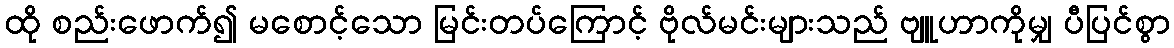
ထို စည်းဖောက်၍ မစောင့်သော မြင်းတပ်ကြောင့် ဗိုလ်မင်းများသည် ဗျူဟာကိုမျှ ပီပြင်စွာ